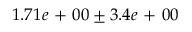
1 . 7 1 e \mathrm { ~ + ~ } 0 0 \pm 3 . 4 e \mathrm { ~ + ~ } 0 0